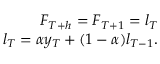
\begin{array} { r } { F _ { T + h } = F _ { T + 1 } = l _ { T } } \\ { l _ { T } = \alpha y _ { T } + ( 1 - \alpha ) l _ { T - 1 } . } \end{array}